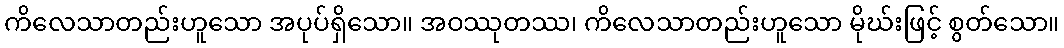
ကိလေသာတည်းဟူသော အပုပ်ရှိသော။ အဝဿုတဿ၊ ကိလေသာတည်းဟူသော မိုဃ်းဖြင့် စွတ်သော။